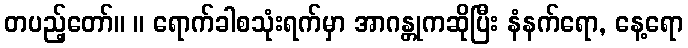
တပည့်တော်။ ။ ရောက်ခါစသုံးရက်မှာ အာဂန္တုကဆိုပြီး နံနက်ရော, နေ့ရော